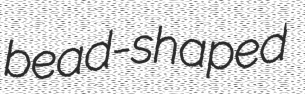
bead-shaped